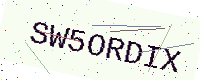
Text: SW5ORDIX